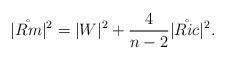
LaTeX: \begin{align*}|\mathring{Rm}|^2=|W|^2+\frac{4}{n-2}|\mathring{Ric}|^2.\end{align*}